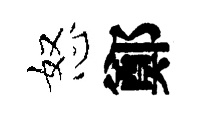
怒鄭